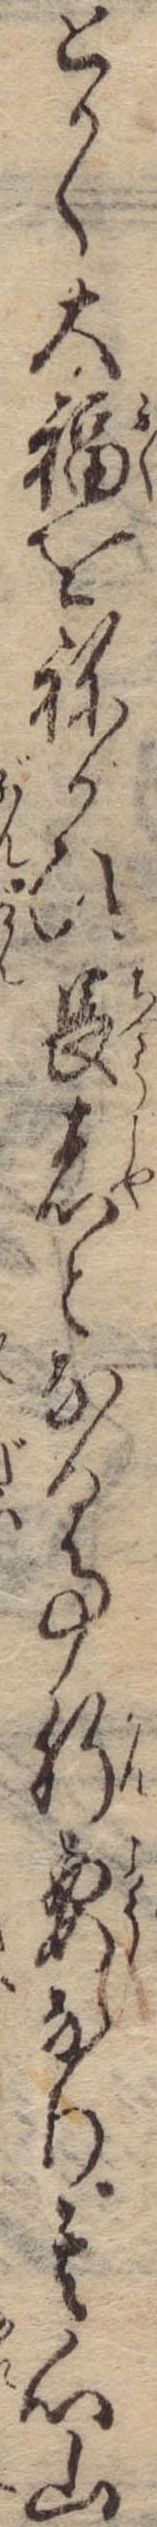
とかく大福をねかひ長者となる事肝要なり其心山